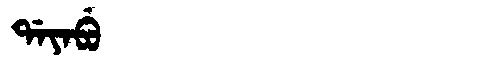
Manchu: ᡩᠠᠶᠠᠪᡠ
Romanization: DAYABU